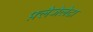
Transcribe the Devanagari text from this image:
फ़्लैजेलेटा